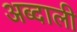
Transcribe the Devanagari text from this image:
अब्‍दाली